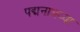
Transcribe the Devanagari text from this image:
पद्मनाभय्या